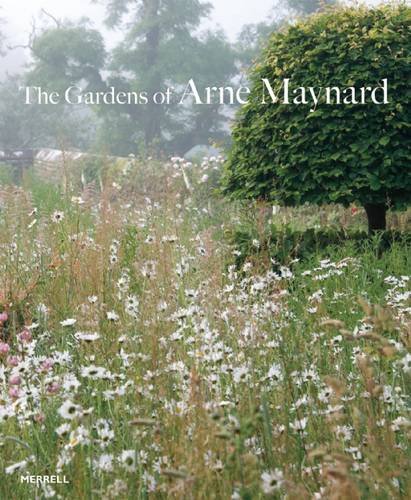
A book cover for The Gardens of Arne Maynard; Arne Maynard; Crafts, Hobbies & Home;